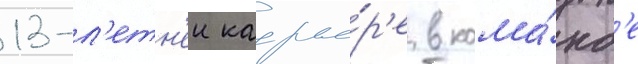
13-л'етн'еи карье́р'е в кома́нд'е